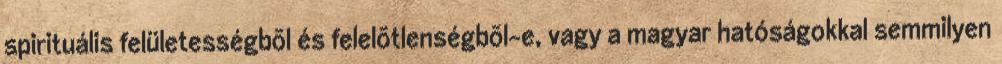
spirituális felületességbõl és felelõtlenségbõl-e, vagy a magyar hatóságokkal semmilyen